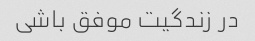
در زندگیت موفق باشی